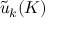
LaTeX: { \tilde { u } } _ { k } ( K )